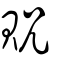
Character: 貺